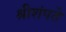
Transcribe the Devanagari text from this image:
श्रीशंपते